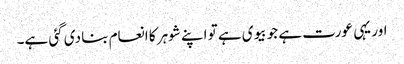
اور یہی عورت ہے جو بیوی ہے تو اپنے شوہر کا انعام بنا دی گئی ہے۔